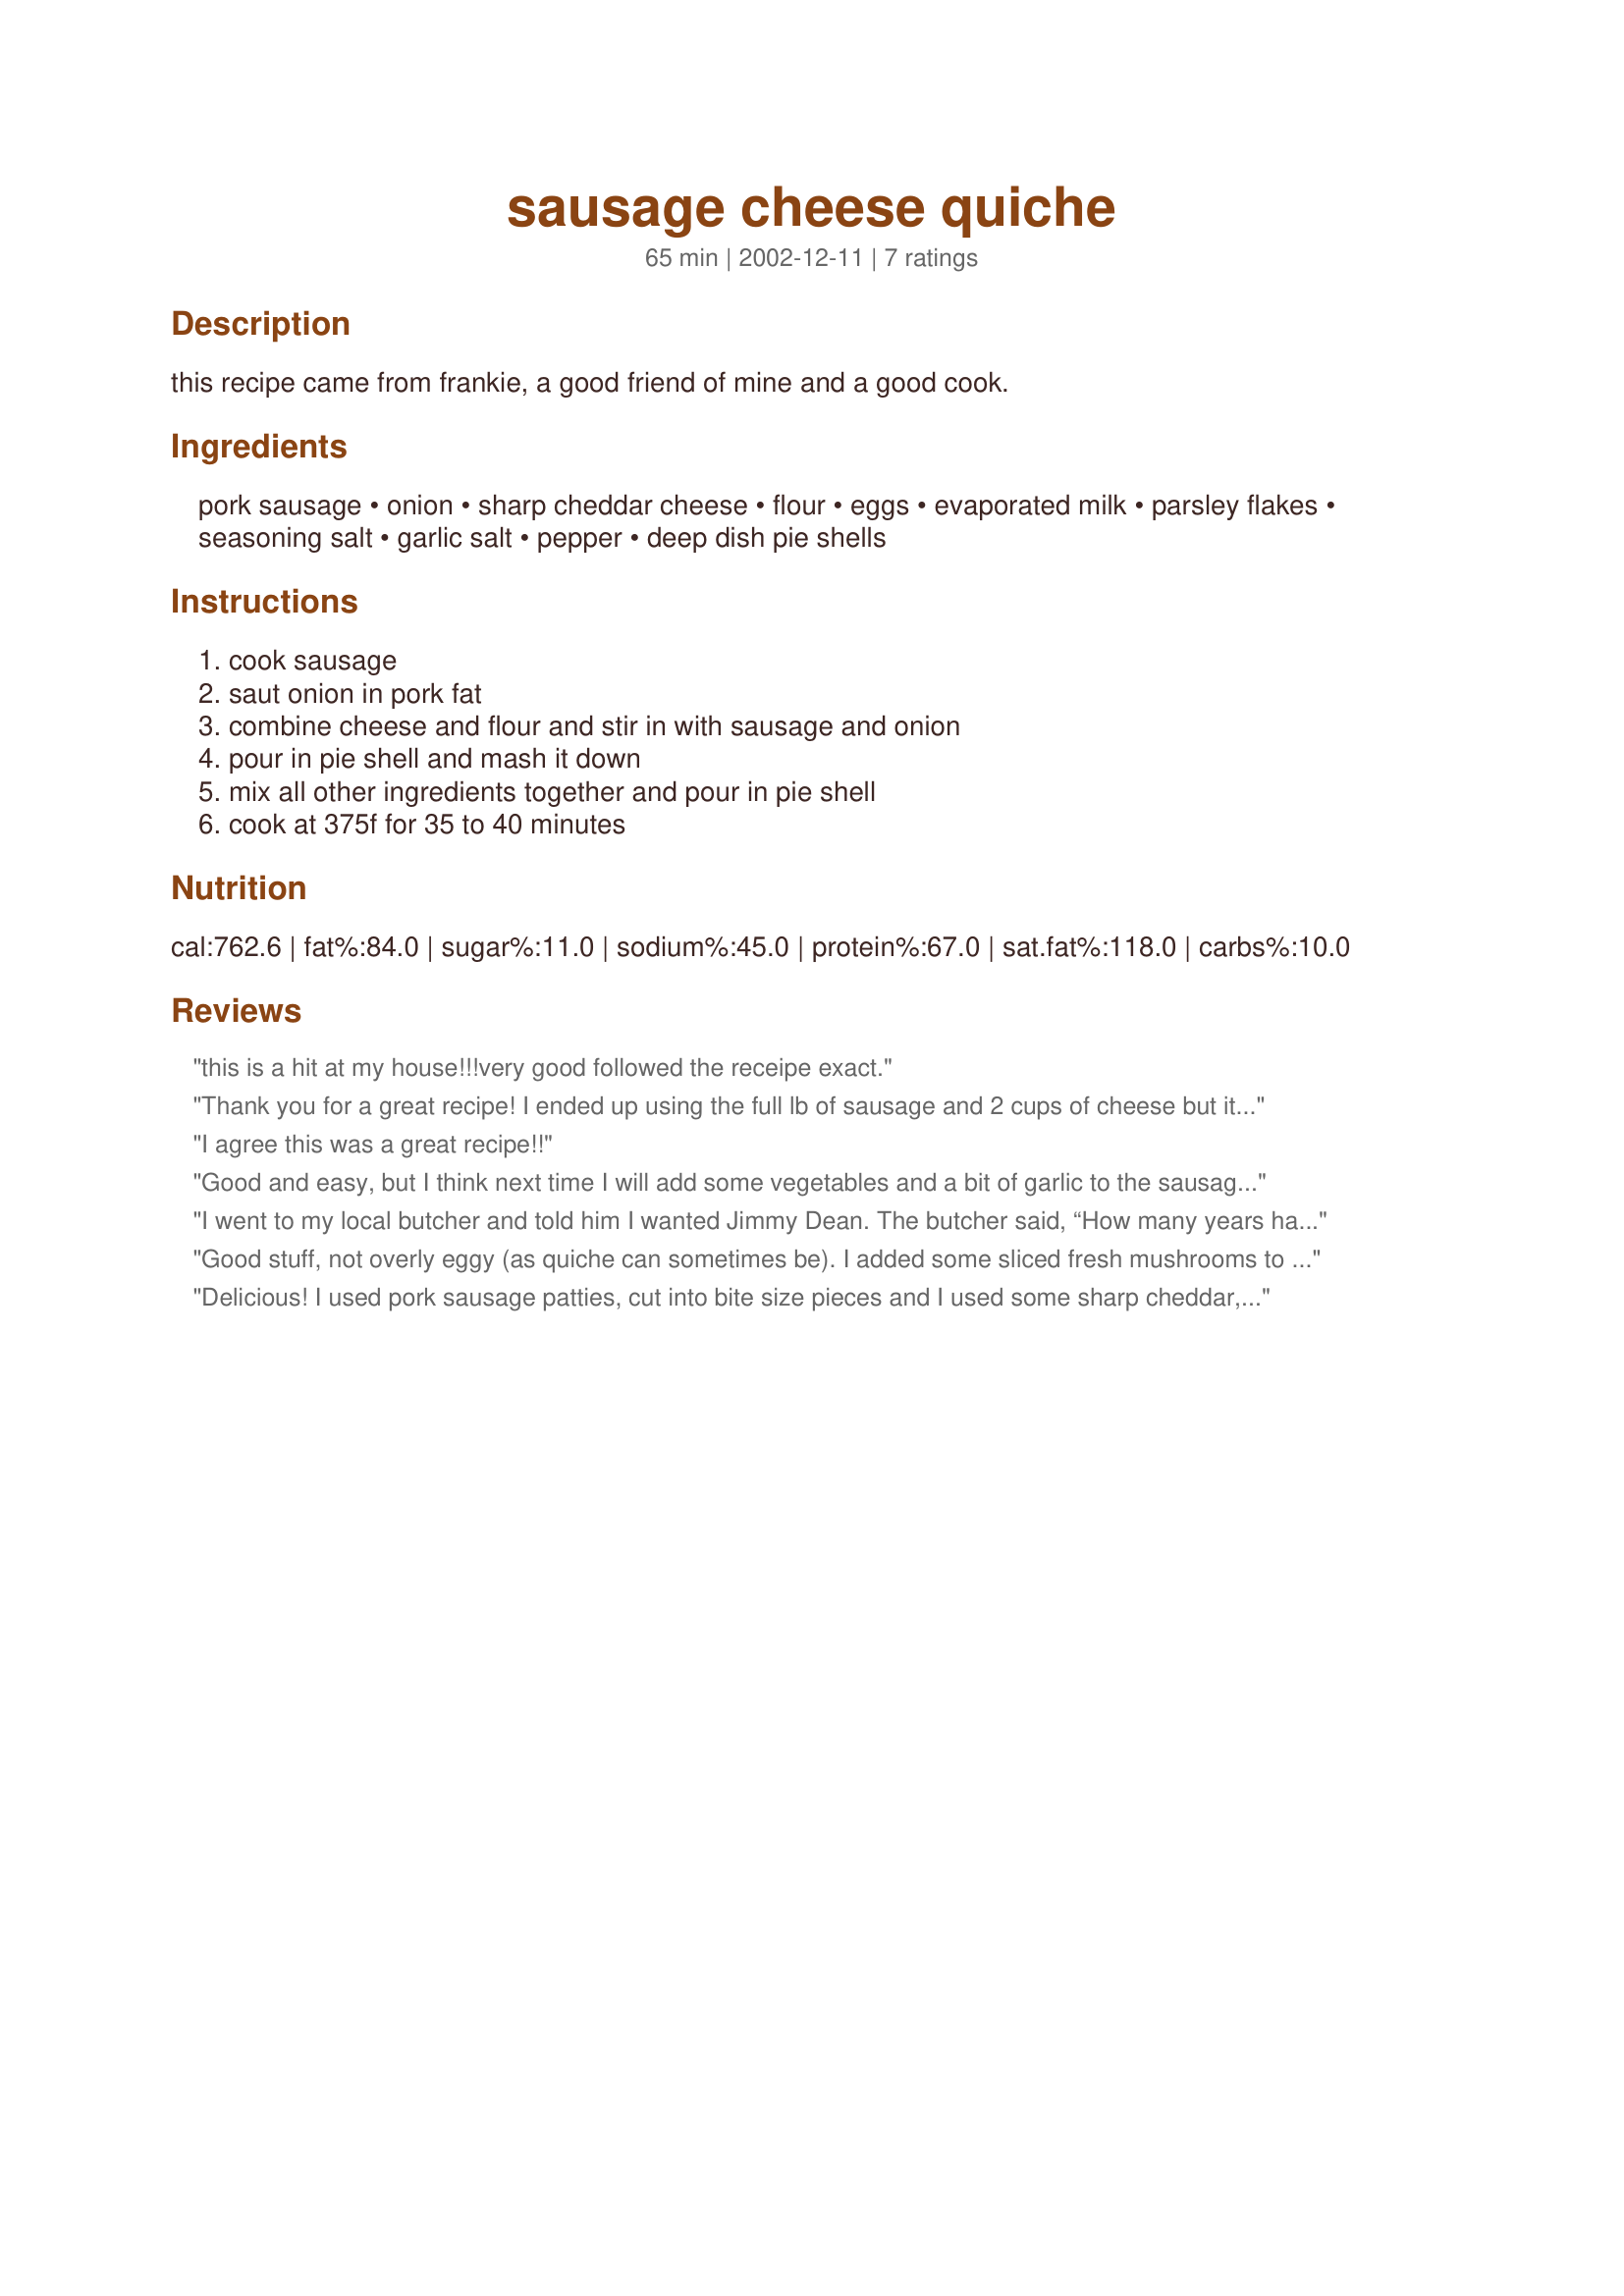
sausage cheese quiche
Preparation time: 65 minutes

this recipe came from frankie, a good friend of mine and a good cook.

Ingredients:
pork sausage, onion, sharp cheddar cheese, flour, eggs, evaporated milk, parsley flakes, seasoning salt, garlic salt, pepper, deep dish pie shells

Steps:
cook sausage, saut onion in pork fat, combine cheese and flour and stir in with sausage and onion, pour in pie shell and mash it down, mix all other ingredients together and pour in pie shell, cook at 375f for 35 to 40 minutes

Reviews:
this is a hit at my house!!!very good followed the receipe exact.
Thank you for a great recipe! I ended up using the full lb of sausage and 2 cups of cheese but it still ended up good. I think next time I will reduce the parsely to a half of a Tb b/c of my picky husband. It was a wonderful recipe!! So qick and easy too! :)
I agree this was a great recipe!!
Good and easy, but I think next time I will add some vegetables and a bit of garlic to the sausage before adding the milk/egg mixture.
I went to my local butcher and told him I wanted Jimmy Dean. The butcher said, “How many years have you been asleep? Jimmy Dean is six feet under, pushing up daisies.” I said, “No, silly, I think Jimmy Dean might be some kind of sausage.” He said, “Best I can do is some of the sausage we make ourselves. If you like, I can label it ‘Hank Williams’ – he’s another dead country singer.” So I bought some Hank Williams. But I felt it would only be right to have some living people in the recipe, and so I mixed in a little bit of Charlie Chorizo and some Andy Andouille. I had to skip the seasoning salt for health reasons, and so I used a seasoning pepper mix and threw in a generous sprinkle of rubbed sage just for good measure, and I had to use garlic powder instead of garlic salt. What a delightful savoury quiche this was – I had previously only made “mainstream” quiches (Florentine, Lorraine, etc.) and it was wonderful to have a new and completely different taste. And what a no-brainer to prepare – just the ticket for a busy weeknight, and lots of extra tasty leftovers to have with a bowl of soup for lunch tomorrow.
Good stuff, not overly eggy (as quiche can sometimes be). I added some sliced fresh mushrooms to the onion when sauteing. I will be making this again.
Delicious! I used pork sausage patties, cut into bite size pieces and I used some sharp cheddar, some swiss and some mozzarella cheese. I increased the eggs to 3, because I only had 5oz can of evap milk. It baked perfectly at 375 oven. Thanks for the great recipe
